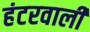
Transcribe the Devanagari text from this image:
हंटरवाली